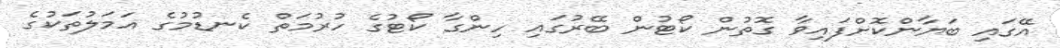
އޭގައި ބަޔާންކޮށްފައިވާ ގޮތުން ކޯޓުން ބޭރުގައި ހިންގާ ކޯޓުގެ ހުރުމަތް ކެނޑުމުގެ އަމަލުތަކުގެ